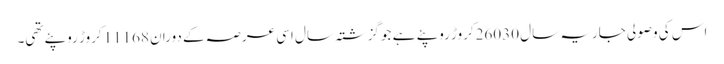
اس کی وصولی جاریہ سال 26030کروڑ روپئے ہے جو گزشتہ سال اسی عرصہ کے دوران 11168کروڑ روپئے تھی۔